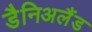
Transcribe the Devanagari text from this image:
डैनिअलैंड